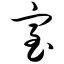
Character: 室